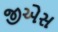
જીએસ